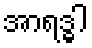
အာရဒ္ဓါ